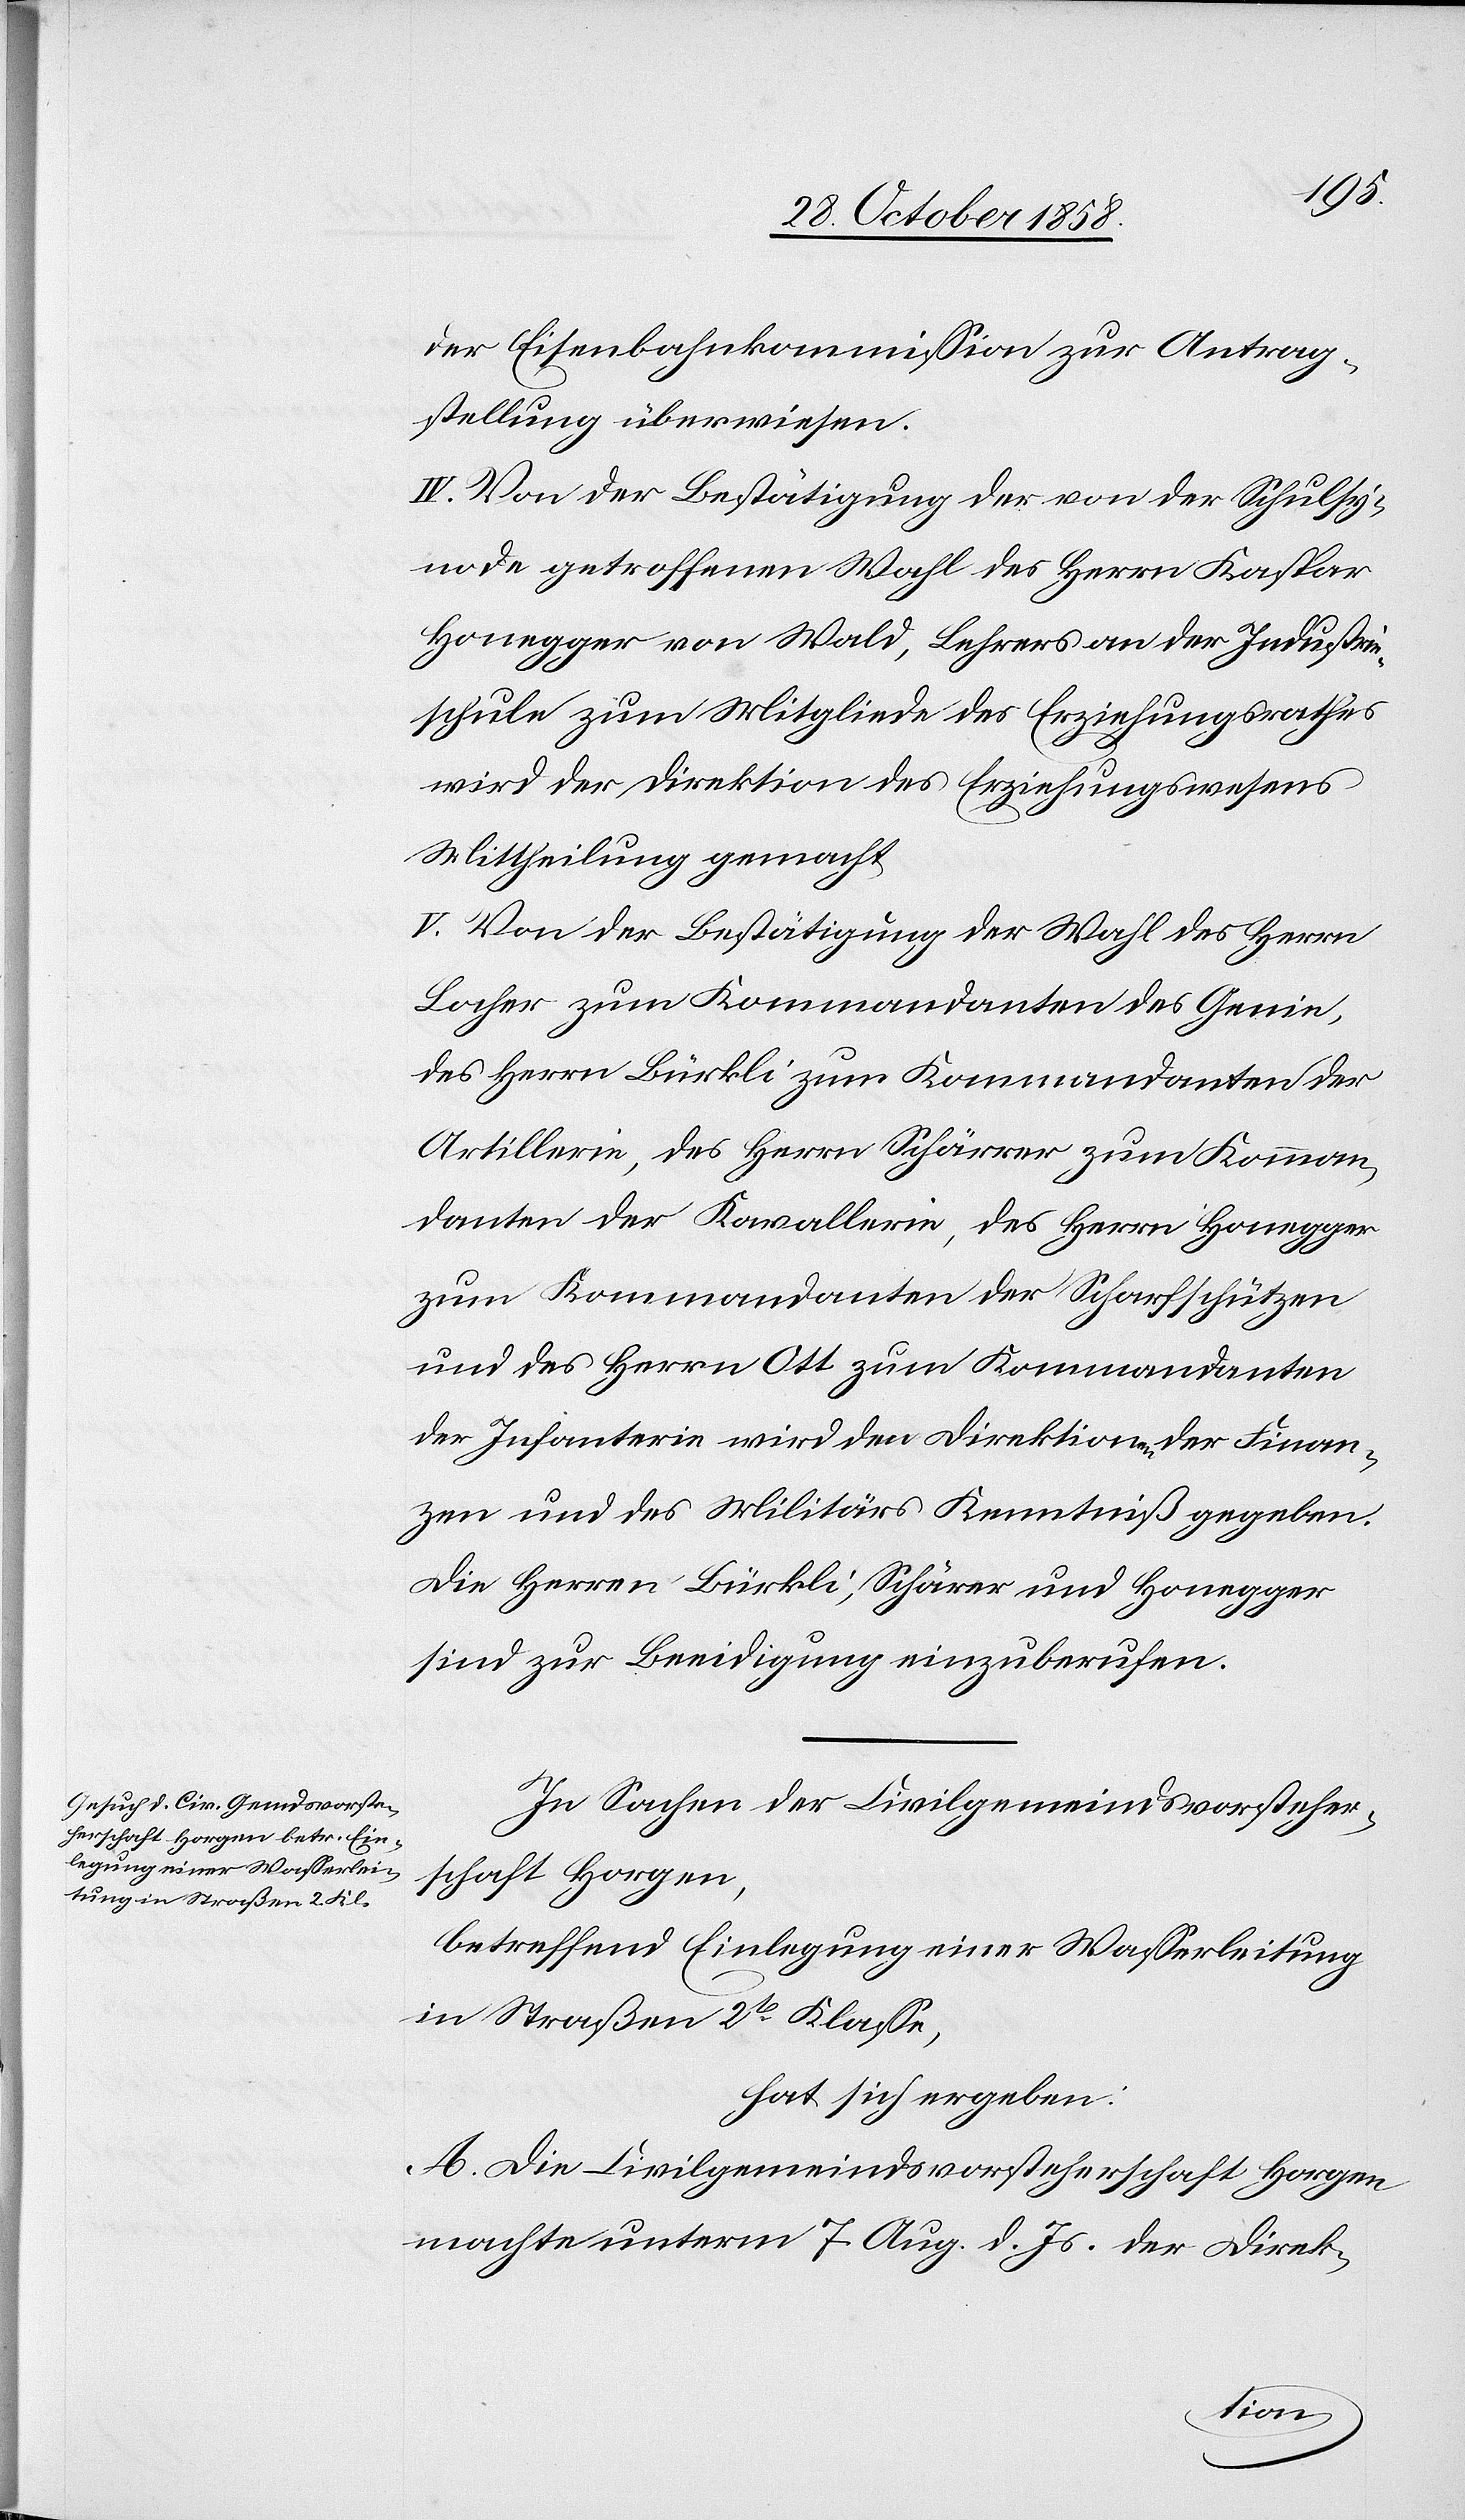
der Eisenbahnkommission zur Antrag¬
stellung überwiesen.
IV. Von der Bestätigung der von der Schulsy¬
node getroffenen Wahl des Herrn Kaspar
Honegger von Wald, Lehrers an der Industrie¬
schule zum Mitgliede des Erziehungsrathes
wird der Direktion des Erziehungswesens
Mittheilung gemacht.
V. Von der Bestätigung der Wahl des Herrn
Locher zum Kommandanten des Genie,
des Herrn Bürkli zum Kommandanten der
Artillerie, des Herrn Schärrer zum Komman¬
danten der Kavallerie, des Herrn Honegger
zum Kommandanten der Scharfschützen
und des Herrn Ott zum Kommandanten
der Infanterie wird den Direktionen der Finan¬
zen und des Militärs Kenntniß gegeben.
Die Herren Bürkli, Schärer [sic!] und Honegger
sind zur Beeidigung einzuberufen.
In Sachen der Civilgemeindsvorsteher¬
schaft Horgen,
betreffend Einlegung einer Wasserleitung
in Straßen 2t Klasse,
hat sich ergeben:
A. Die Civilgemeindsvorsteherschaft Horgen
machte unterm 7. Aug. d. Js. der Direk-